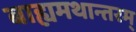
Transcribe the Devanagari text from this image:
बाह्यमथान्तरम्